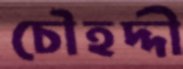
চৌহদ্দী